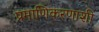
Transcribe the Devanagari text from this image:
प्रमाणिकरणाशी